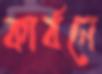
কার্বনে